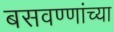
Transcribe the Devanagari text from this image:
बसवण्णांच्या